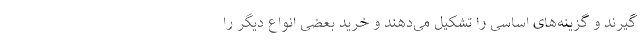
‌گیرند و گزینه‌های اساسی را تشکیل می‌دهند و خرید بعضی انواع دیگر را